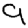
Digit: 9